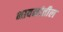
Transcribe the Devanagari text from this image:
भावनांतील